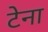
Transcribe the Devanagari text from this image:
टेना